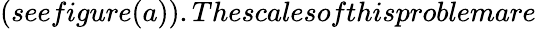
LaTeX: (seefigure(a)).Thescalesofthisproblemare